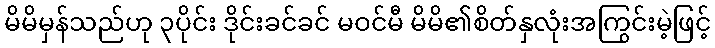
မိမိမှန်သည်ဟု ၃ပိုင်း ဒိုင်းခင်ခင် မဝင်မီ မိမိ၏စိတ်နှလုံးအကြွင်းမဲ့ဖြင့်